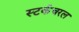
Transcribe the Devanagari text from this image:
स्टर्कचरल